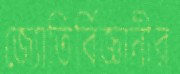
জ্যোতির্বিজ্ঞানীর